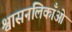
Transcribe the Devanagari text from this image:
श्वासनलिकाँओं